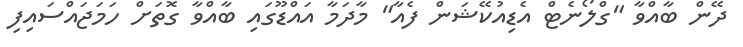
ދޭން ބާއްވާ "ގްލޯނެޓް އެޑިއުކޭޝަން ފެއާ" މާދަމާ އައްޑޫގައި ބާއްވާ ގޮތަށް ހަމަޖައްސައިފި